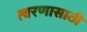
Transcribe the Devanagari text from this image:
त्वरणासाठी